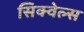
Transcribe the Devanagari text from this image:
सिक्वेल्स